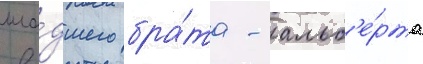
мла́дшего бра́та - альб'е́рта